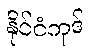
နိုင်ငံကုဒ်